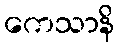
ကေသာနိ